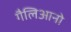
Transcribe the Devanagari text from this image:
गैलिआनो